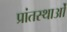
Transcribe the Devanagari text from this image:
प्रांतस्थाओं